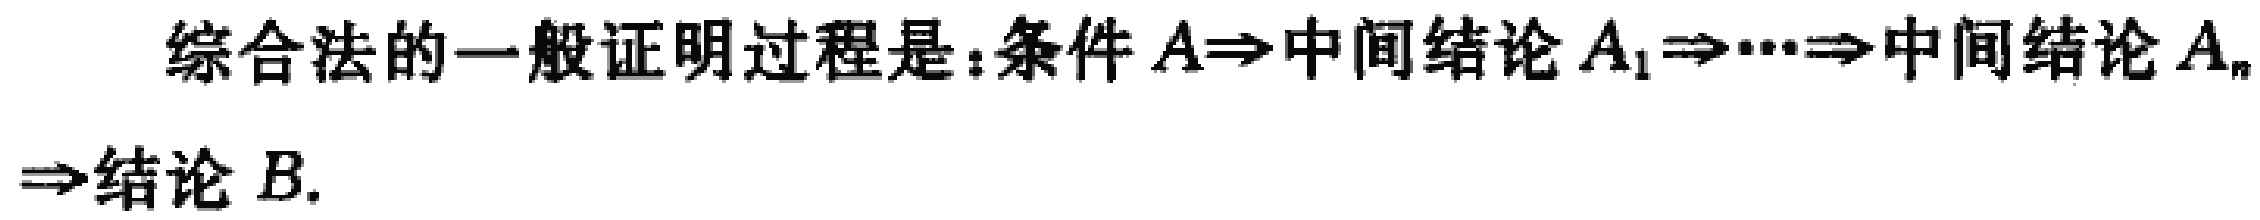
综合法的一般证明过程是：条件\(A\Rightarrow\)中间结论\(A_1\Rightarrow\cdots\Rightarrow\)中间结论\(A_n\Rightarrow\)结论\(B\).